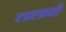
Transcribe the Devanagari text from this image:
एचएफ़सी